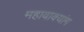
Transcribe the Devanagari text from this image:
महावाक्यांग